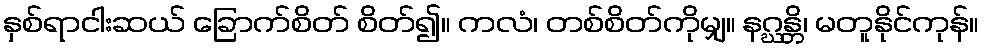
နှစ်ရာငါးဆယ် ခြောက်စိတ် စိတ်၍။ ကလံ၊ တစ်စိတ်ကိုမျှ။ နဂ္ဃန္တိ၊ မတူနိုင်ကုန်။